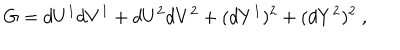
G = d U ^ { 1 } d V ^ { 1 } + d U ^ { 2 } d V ^ { 2 } + ( d Y ^ { 1 } ) ^ { 2 } + ( d Y ^ { 2 } ) ^ { 2 } ~ ,